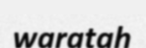
waratah